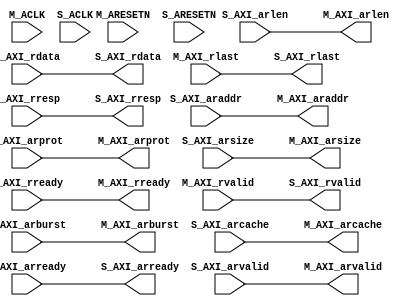
module s00_couplers_imp_1ASF99M
   (M_ACLK,
    M_ARESETN,
    M_AXI_araddr,
    M_AXI_arburst,
    M_AXI_arcache,
    M_AXI_arlen,
    M_AXI_arprot,
    M_AXI_arready,
    M_AXI_arsize,
    M_AXI_arvalid,
    M_AXI_rdata,
    M_AXI_rlast,
    M_AXI_rready,
    M_AXI_rresp,
    M_AXI_rvalid,
    S_ACLK,
    S_ARESETN,
    S_AXI_araddr,
    S_AXI_arburst,
    S_AXI_arcache,
    S_AXI_arlen,
    S_AXI_arprot,
    S_AXI_arready,
    S_AXI_arsize,
    S_AXI_arvalid,
    S_AXI_rdata,
    S_AXI_rlast,
    S_AXI_rready,
    S_AXI_rresp,
    S_AXI_rvalid);
  input M_ACLK;
  input [0:0]M_ARESETN;
  output [31:0]M_AXI_araddr;
  output [1:0]M_AXI_arburst;
  output [3:0]M_AXI_arcache;
  output [7:0]M_AXI_arlen;
  output [2:0]M_AXI_arprot;
  input M_AXI_arready;
  output [2:0]M_AXI_arsize;
  output M_AXI_arvalid;
  input [63:0]M_AXI_rdata;
  input M_AXI_rlast;
  output M_AXI_rready;
  input [1:0]M_AXI_rresp;
  input M_AXI_rvalid;
  input S_ACLK;
  input [0:0]S_ARESETN;
  input [31:0]S_AXI_araddr;
  input [1:0]S_AXI_arburst;
  input [3:0]S_AXI_arcache;
  input [7:0]S_AXI_arlen;
  input [2:0]S_AXI_arprot;
  output S_AXI_arready;
  input [2:0]S_AXI_arsize;
  input S_AXI_arvalid;
  output [63:0]S_AXI_rdata;
  output S_AXI_rlast;
  input S_AXI_rready;
  output [1:0]S_AXI_rresp;
  output S_AXI_rvalid;
  wire [31:0]s00_couplers_to_s00_couplers_ARADDR;
  wire [1:0]s00_couplers_to_s00_couplers_ARBURST;
  wire [3:0]s00_couplers_to_s00_couplers_ARCACHE;
  wire [7:0]s00_couplers_to_s00_couplers_ARLEN;
  wire [2:0]s00_couplers_to_s00_couplers_ARPROT;
  wire s00_couplers_to_s00_couplers_ARREADY;
  wire [2:0]s00_couplers_to_s00_couplers_ARSIZE;
  wire s00_couplers_to_s00_couplers_ARVALID;
  wire [63:0]s00_couplers_to_s00_couplers_RDATA;
  wire s00_couplers_to_s00_couplers_RLAST;
  wire s00_couplers_to_s00_couplers_RREADY;
  wire [1:0]s00_couplers_to_s00_couplers_RRESP;
  wire s00_couplers_to_s00_couplers_RVALID;
  assign M_AXI_araddr[31:0] = s00_couplers_to_s00_couplers_ARADDR;
  assign M_AXI_arburst[1:0] = s00_couplers_to_s00_couplers_ARBURST;
  assign M_AXI_arcache[3:0] = s00_couplers_to_s00_couplers_ARCACHE;
  assign M_AXI_arlen[7:0] = s00_couplers_to_s00_couplers_ARLEN;
  assign M_AXI_arprot[2:0] = s00_couplers_to_s00_couplers_ARPROT;
  assign M_AXI_arsize[2:0] = s00_couplers_to_s00_couplers_ARSIZE;
  assign M_AXI_arvalid = s00_couplers_to_s00_couplers_ARVALID;
  assign M_AXI_rready = s00_couplers_to_s00_couplers_RREADY;
  assign S_AXI_arready = s00_couplers_to_s00_couplers_ARREADY;
  assign S_AXI_rdata[63:0] = s00_couplers_to_s00_couplers_RDATA;
  assign S_AXI_rlast = s00_couplers_to_s00_couplers_RLAST;
  assign S_AXI_rresp[1:0] = s00_couplers_to_s00_couplers_RRESP;
  assign S_AXI_rvalid = s00_couplers_to_s00_couplers_RVALID;
  assign s00_couplers_to_s00_couplers_ARADDR = S_AXI_araddr[31:0];
  assign s00_couplers_to_s00_couplers_ARBURST = S_AXI_arburst[1:0];
  assign s00_couplers_to_s00_couplers_ARCACHE = S_AXI_arcache[3:0];
  assign s00_couplers_to_s00_couplers_ARLEN = S_AXI_arlen[7:0];
  assign s00_couplers_to_s00_couplers_ARPROT = S_AXI_arprot[2:0];
  assign s00_couplers_to_s00_couplers_ARREADY = M_AXI_arready;
  assign s00_couplers_to_s00_couplers_ARSIZE = S_AXI_arsize[2:0];
  assign s00_couplers_to_s00_couplers_ARVALID = S_AXI_arvalid;
  assign s00_couplers_to_s00_couplers_RDATA = M_AXI_rdata[63:0];
  assign s00_couplers_to_s00_couplers_RLAST = M_AXI_rlast;
  assign s00_couplers_to_s00_couplers_RREADY = S_AXI_rready;
  assign s00_couplers_to_s00_couplers_RRESP = M_AXI_rresp[1:0];
  assign s00_couplers_to_s00_couplers_RVALID = M_AXI_rvalid;
endmodule